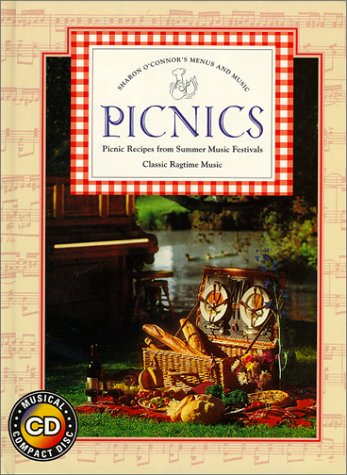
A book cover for Picnics (Menus and Music) (Sharon O'Connor's menus & music); Sharon O'Connor; Cookbooks, Food & Wine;